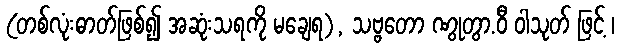
(တစ်လုံးဓာတ်ဖြစ်၍ အဆုံးသရကို မချေရ), သဗ္ဗတော ဏွုတွာ.ဝီ ဝါသုတ် ဖြင့် ၊